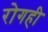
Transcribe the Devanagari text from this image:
रोगही